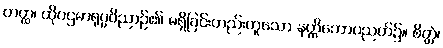
တတ္ထ၊ ထိုပဌမာရုပ္ပဝိညာဉ်၏ မရှိခြင်းတည်းဟူသော နတ္ထိဘောပညတ်၌။ စိတ္တံ၊